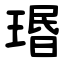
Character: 瑉